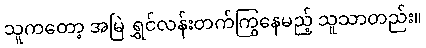
သူကတော့ အမြဲ ရွှင်လန်းတက်ကြွနေမည့် သူသာတည်း။